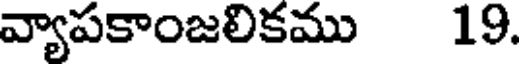
వ్యాపకాంజలికము 19.